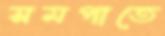
সমপাতে